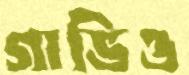
গাভিও